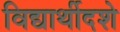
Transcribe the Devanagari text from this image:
विद्यार्थीदशे